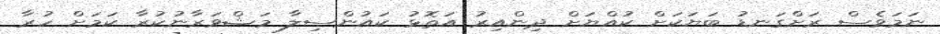
ނަމަވެސް ރަށްގަނޑު ބަޔަކަށް ކުއްޔަށް ދިންއިރު އަތޮޅު ކައުންސިލާ މަޝްވަރާނުކުރާ ކަމަށް ހުރާ